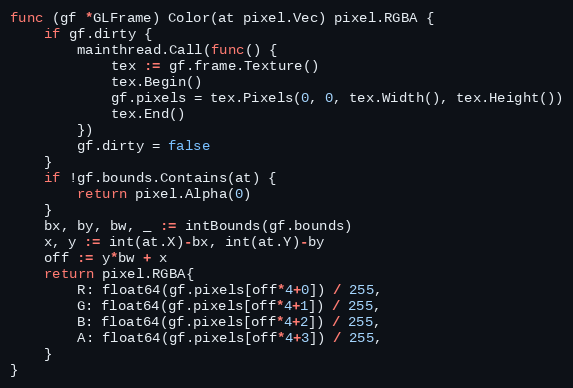
Language: Go
func (gf *GLFrame) Color(at pixel.Vec) pixel.RGBA {
	if gf.dirty {
		mainthread.Call(func() {
			tex := gf.frame.Texture()
			tex.Begin()
			gf.pixels = tex.Pixels(0, 0, tex.Width(), tex.Height())
			tex.End()
		})
		gf.dirty = false
	}
	if !gf.bounds.Contains(at) {
		return pixel.Alpha(0)
	}
	bx, by, bw, _ := intBounds(gf.bounds)
	x, y := int(at.X)-bx, int(at.Y)-by
	off := y*bw + x
	return pixel.RGBA{
		R: float64(gf.pixels[off*4+0]) / 255,
		G: float64(gf.pixels[off*4+1]) / 255,
		B: float64(gf.pixels[off*4+2]) / 255,
		A: float64(gf.pixels[off*4+3]) / 255,
	}
}